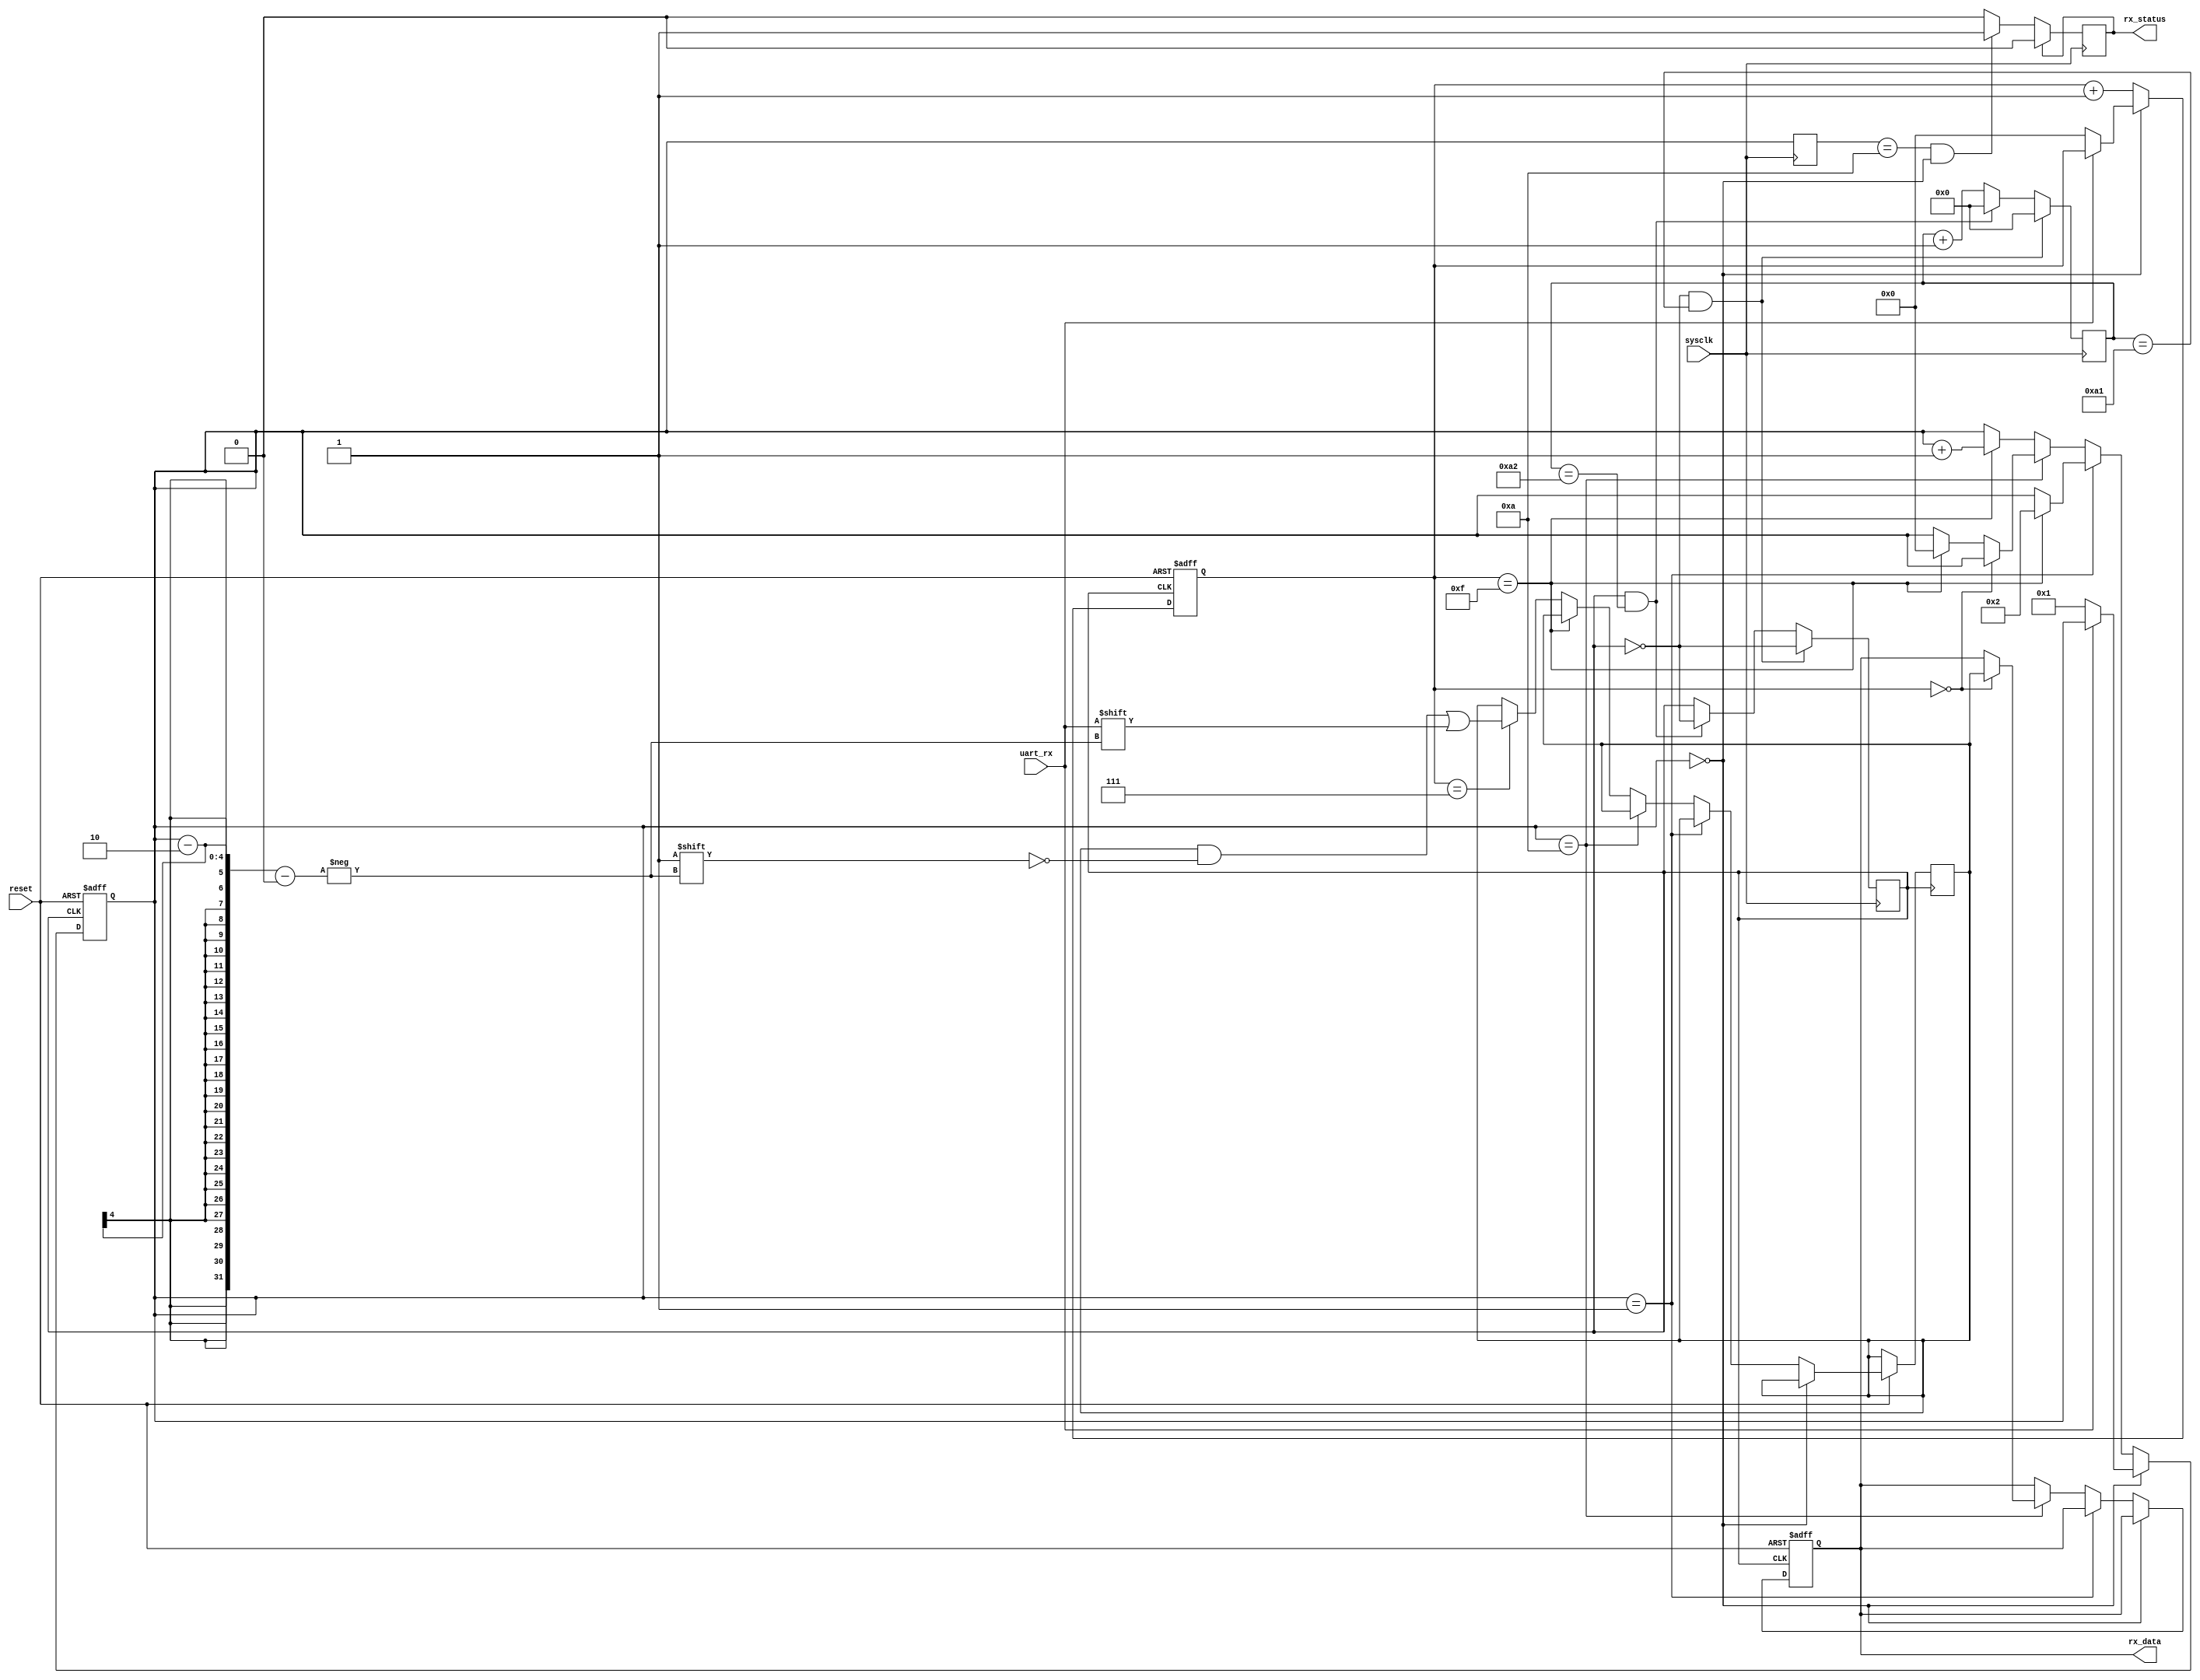
module receiver(sysclk, reset, uart_rx, rx_data, rx_status);
	input sysclk, reset, uart_rx;
	output reg [7:0] rx_data;
	output reg rx_status;
	reg clk;
	reg [7:0] cnt;
	reg [3:0] digit, cnt2;
	reg [7:0] tdata;
	reg [3:0] mem;
	
	initial
	begin
		clk = 0; 
		cnt = 0;
		cnt2 = 0;
		digit = 0;
		rx_status = 0;
		rx_data = 0;
		mem = 0;
	end
	
	always @(posedge sysclk)
	begin
		if ((clk == 0) && (cnt == 161))
		begin
			cnt <= 0;
			clk <= ~clk;
		end
		else if((clk == 1) && (cnt == 162))
		begin
			cnt <= 0;
			clk <= ~clk;
		end
		else cnt <= cnt + 1;
		if ((mem == 10) && (digit == 0)) rx_status <= 1;
		mem <= digit;
		if (rx_status == 1) rx_status <= 0;
	end
	
	always @(posedge clk or negedge reset)
	begin
		if (~reset)
		begin
			cnt2 = 0;
			digit = 0;
			rx_data = 0;
		end
		else if (digit == 0)
		begin
			if (uart_rx == 0) 
			begin
				digit <= 1;
				cnt2 <= 0;
			end
		end 
		else if (digit == 1)
		begin
		    if (cnt2 == 15) digit <= 2;
			cnt2 <= cnt2 + 1;
		end
		else if (digit == 10)
		begin
			if (cnt2 == 0) 
			begin
				rx_data <= tdata;
			end
			else if (cnt2 == 15) digit <= 0;
			cnt2 <= cnt2 + 1;
		end
		else
		begin
			if (cnt2 == 15) digit <= digit + 1;
			else if (cnt2 == 7) tdata[digit - 2] <= uart_rx;
			cnt2 <= cnt2 + 1;
		end
	end
	

endmodule